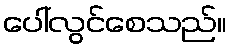
ပေါ်လွင်စေသည်။